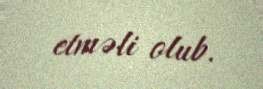
etməli olub.